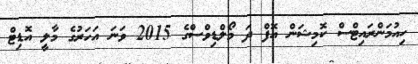
ހިއުމަންރައިޓްސް ކޮމިޝަން އޮފް ދަ މޯލްޑިވްސްގެ 2015 ވަނަ އަހަރުގެ މާލީ އޮޑިޓް